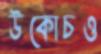
উকোচও